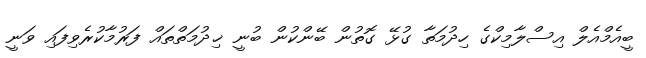
ބީއެމްއެލް އިސްލާމިކްގެ ހިދުމަތާ ގުޅޭ ގޮތުން ބޭންކުން ބުނީ ޚިދުމަތްތައް ފަރުމާކުރެވިފައި ވަނީ